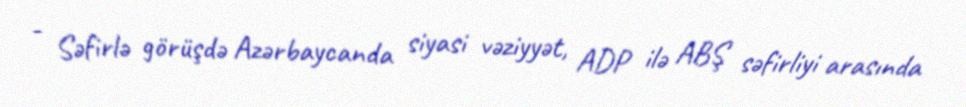
- Səfirlə görüşdə Azərbaycanda siyasi vəziyyət, ADP ilə ABŞ səfirliyi arasında